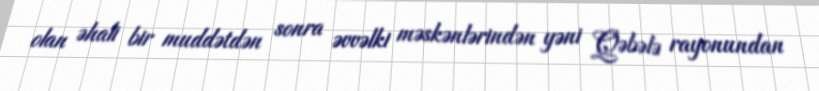
olan əhali bir muddətdən sonra əvvəlki məskənlərindən yəni Qəbələ rayonundan